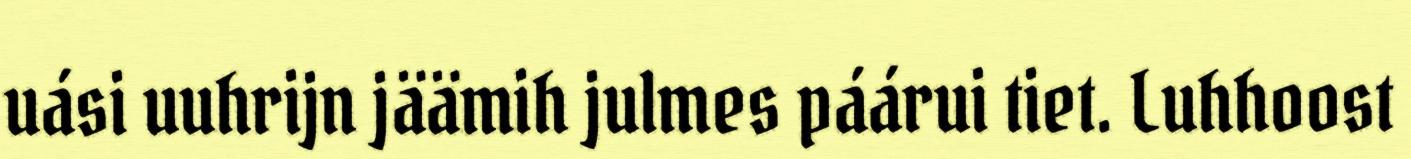
uási uuhrijn jäämih julmes páárui tiet. Luhhoost